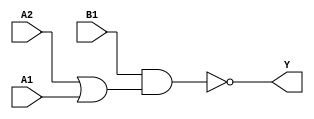
module sky130_fd_sc_ms__o21ai_6 (
    Y ,
    A1,
    A2,
    B1
);
    output Y ;
    input  A1;
    input  A2;
    input  B1;
    wire or0_out    ;
    wire nand0_out_Y;
    or   or0   (or0_out    , A2, A1         );
    nand nand0 (nand0_out_Y, B1, or0_out    );
    buf  buf0  (Y          , nand0_out_Y    );
endmodule